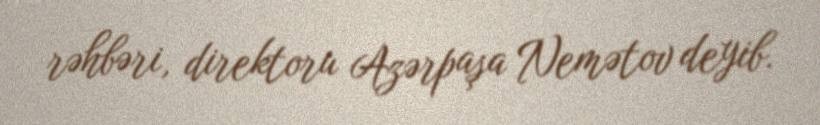
rəhbəri, direktoru Azərpaşa Nemətov deyib.